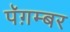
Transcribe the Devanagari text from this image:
पॅग़म्बर